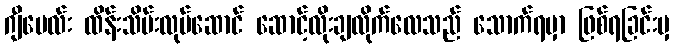
ဂျီမေလ်း ထိန်းသိမ်းလုပ်ဆောင် ဆောင့်လိုးချလိုက်လေသည် သောက်ရမှာ ဖြစ်ရခြင်းမှ